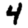
Digit: 4